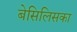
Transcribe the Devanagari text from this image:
बेसिलिसका